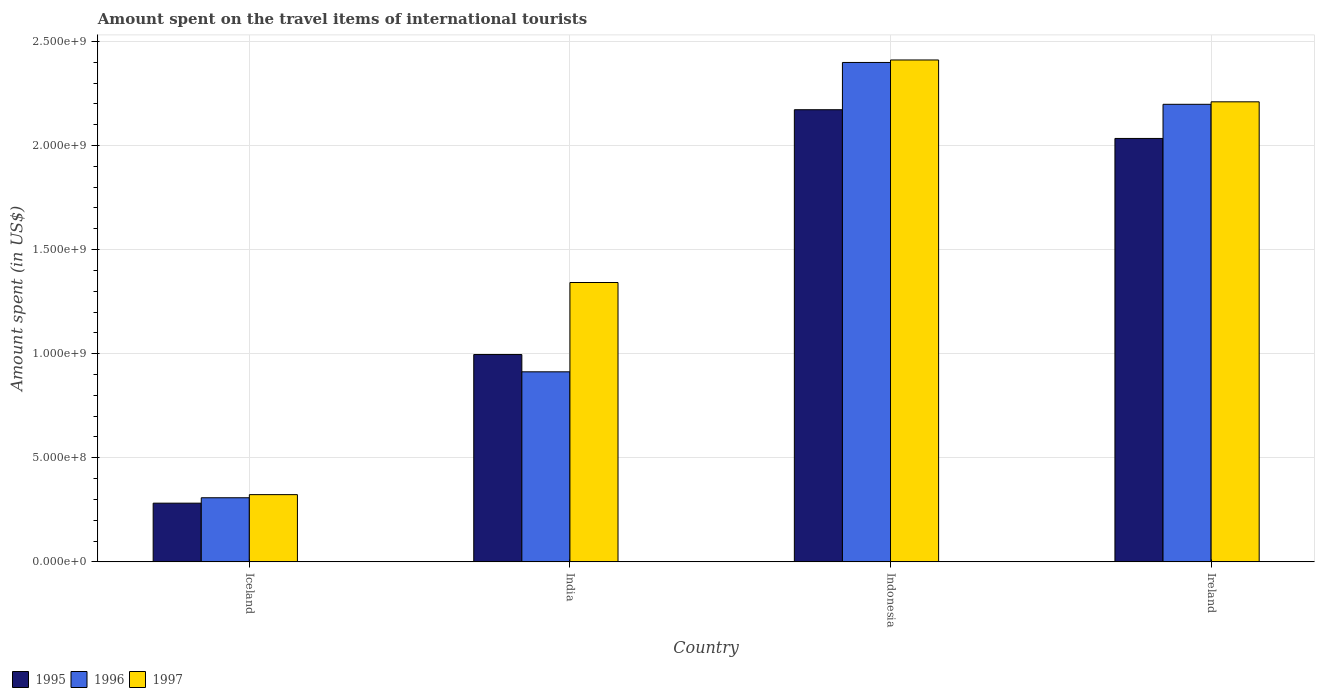
| Country | 1995 | 1996 | 1997 |
 | --- | --- | --- | --- |
 | Iceland | 2.82e+08 | 3.08e+08 | 3.23e+08 |
 | India | 9.96e+08 | 9.13e+08 | 1.34e+09 |
 | Indonesia | 2.17e+09 | 2.4e+09 | 2.41e+09 |
 | Ireland | 2.03e+09 | 2.2e+09 | 2.21e+09 |